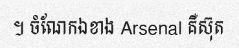
។ ចំណែកឯខាង Arsenal គឺស៊ុត